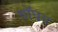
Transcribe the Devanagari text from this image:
वॉघम